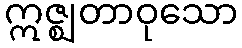
ဣဇ္ဈတာဝုသော